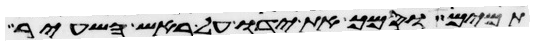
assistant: תמים וסמך את ידו על ראש השעיר